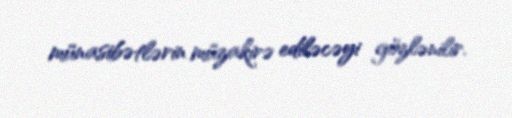
münasibətlərin müzakirə ediləcəyi gözlənilir.